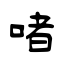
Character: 啫